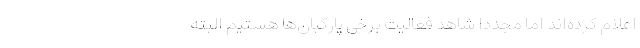
اعلام کرده‌اند اما مجدداً شاهد فعالیت برخی پارکبان‌ها هستیم البته